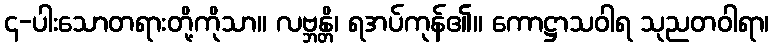
၄-ပါးသောတရားတို့ကိုသာ။ လဗ္ဘန္တိ၊ ရအပ်ကုန်၏။ ကောဋ္ဌာသဝါရ သုညတဝါရာ၊